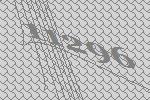
11296